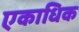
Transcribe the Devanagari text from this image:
एकाधिक